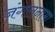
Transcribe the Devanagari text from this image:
जंगलनामा